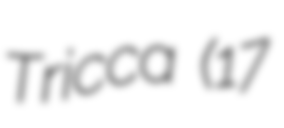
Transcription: Tricca (17